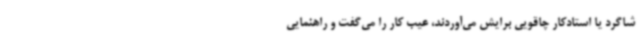
شاگرد یا استادکار چاقویی برایش می‌آوردند، عیب کار را می‌گفت و راهنمایی